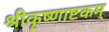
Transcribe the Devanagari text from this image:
श्रीकृष्णाष्टकम्